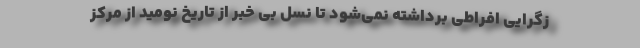
زگرایی افراطی برداشته نمی‌شود تا نسل بی خبر از تاریخ نومید از مرکز